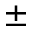
\pm